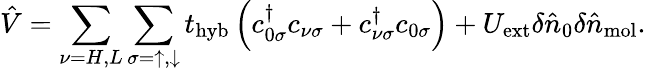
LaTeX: \hat{V}=\sum_{\nu=H,L}\sum_{\sigma=\uparrow,\downarrow}t_{\mathrm{hyb}}\left(c_{0\sigma}^{\dagger}c_{\nu\sigma}+c_{\nu\sigma}^{\dagger}c_{0\sigma}\right)+U_{\mathrm{ext}}\delta\hat{n}_{0}\delta\hat{n}_{\mathrm{mol}}.